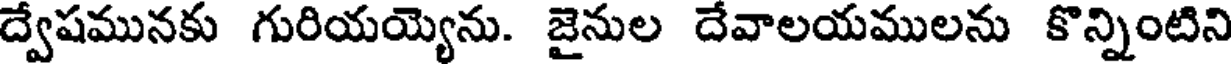
ద్వేషమునకు గురియయ్యెను. జైనుల దేవాలయములను కొన్నింటిని